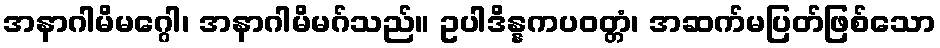
အနာဂါမိမဂ္ဂေါ၊ အနာဂါမိမဂ်သည်။ ဥပါဒိန္နကပဝတ္တံ၊ အဆက်မပြတ်ဖြစ်သော